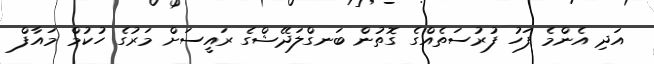
އަދި އެންމެ ފަހު ފުރުސަތެއްގެ ގޮތުން ބަނގްލަދޭޝްގެ ރައީސަށް މަރުގެ ހުކުމް މައާފް